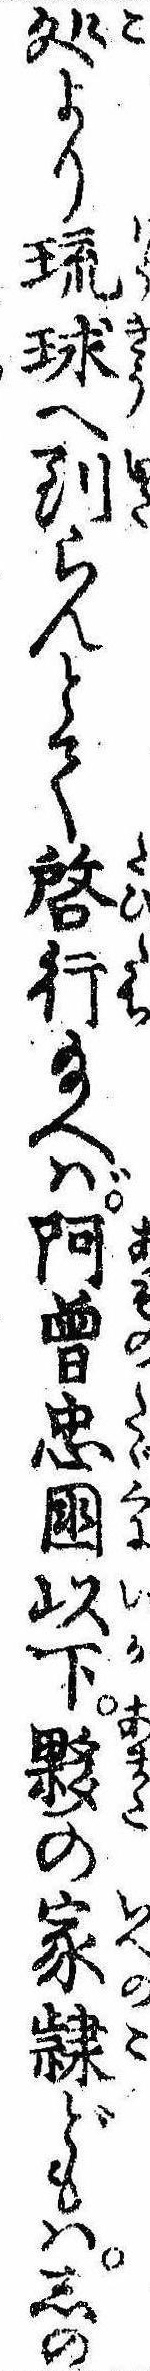
処より琉球へ到らんとて啓行給へば阿曽忠国以下夥の家隷どもはしの